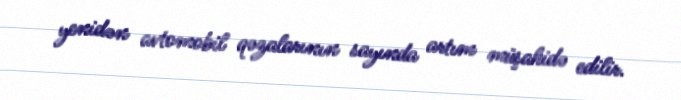
yenidən avtomobil qəzalarının sayında artım müşahidə edilir.